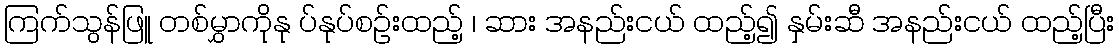
ကြက်သွန်ဖြူ တစ်မွှာကိုနု ပ်နုပ်စဉ်းထည့် ၊ ဆား အနည်းငယ် ထည့်၍ နှမ်းဆီ အနည်းငယ် ထည့်ပြီး